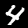
Label: 4